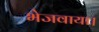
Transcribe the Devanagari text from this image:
भेजवाया।